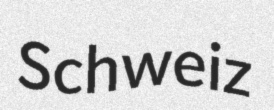
Schweiz